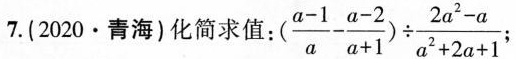
7.(2020·青海)化简求值： $$\frac { a - 1 } { a } - \frac { a - 2 } { a + 1 } ) \div \frac { 2 a ^ { 2 } - a } { a ^ { 2 } + 2 a + 1 }$$ ；